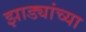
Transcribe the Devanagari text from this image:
झाड्यांच्या